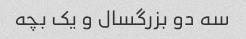
سه دو بزرگسال و یک بچه